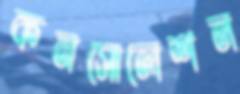
কনসোলেশন